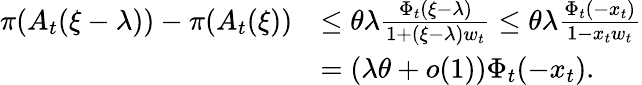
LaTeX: \begin{array}{rl}{\pi(A_{t}(\xi-\lambda))-\pi(A_{t}(\xi))}&{\leq\theta\lambda\frac{\Phi_{t}(\xi-\lambda)}{1+(\xi-\lambda)w_{t}}\leq\theta\lambda\frac{\Phi_{t}(-x_{t})}{1-x_{t}w_{t}}}\\ &{=(\lambda\theta+o(1))\Phi_{t}(-x_{t}).}\end{array}